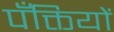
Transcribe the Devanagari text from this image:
पँक्तियों